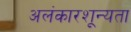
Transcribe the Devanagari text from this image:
अलंकारशून्यता